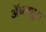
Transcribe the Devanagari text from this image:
ॲब्स्क्यूरा